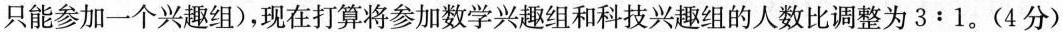
只能参加一个兴趣组)，现在打算将参加数学兴趣组和科技兴趣组的人数比调整为$$3:1$$。（4分）